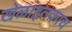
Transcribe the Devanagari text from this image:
खेळांइतकाच